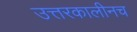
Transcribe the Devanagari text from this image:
उत्तरकालीनच